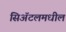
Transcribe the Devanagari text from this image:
सिॲटलमधील